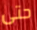
حتى